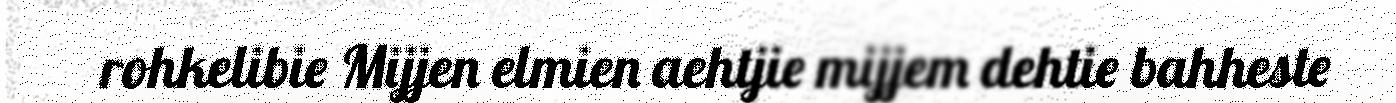
rohkelibie Mijjen elmien aehtjie mijjem dehtie bahheste